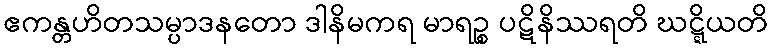
ဧကန္တဟိတသမ္ပာဒနတော ဒါနိမကရ မာရဉ္စ ပဋိနိဿရတိ ဃဋ္ဋိယတိ